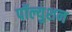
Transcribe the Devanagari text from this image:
पॉल्युशन